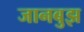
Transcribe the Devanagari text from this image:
जानबुझ